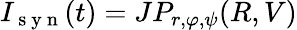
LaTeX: I_{\mathrm{~s~y~n~}}(t)=JP_{r,\varphi,\psi}(R,V)